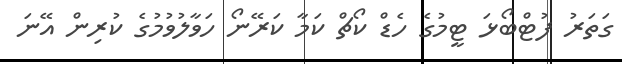
ގަތަރު ފުޓްބޯޅަ ޓީމުގެ ހެޑް ކޯޗް ކަމާ ކަރޭނޯ ހަވާލުވުމުގެ ކުރިން އޭނަ